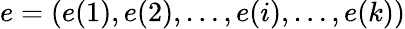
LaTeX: e=(e(1),e(2),\ldots,e(i),\ldots,e(k))